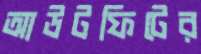
আউটফিটের